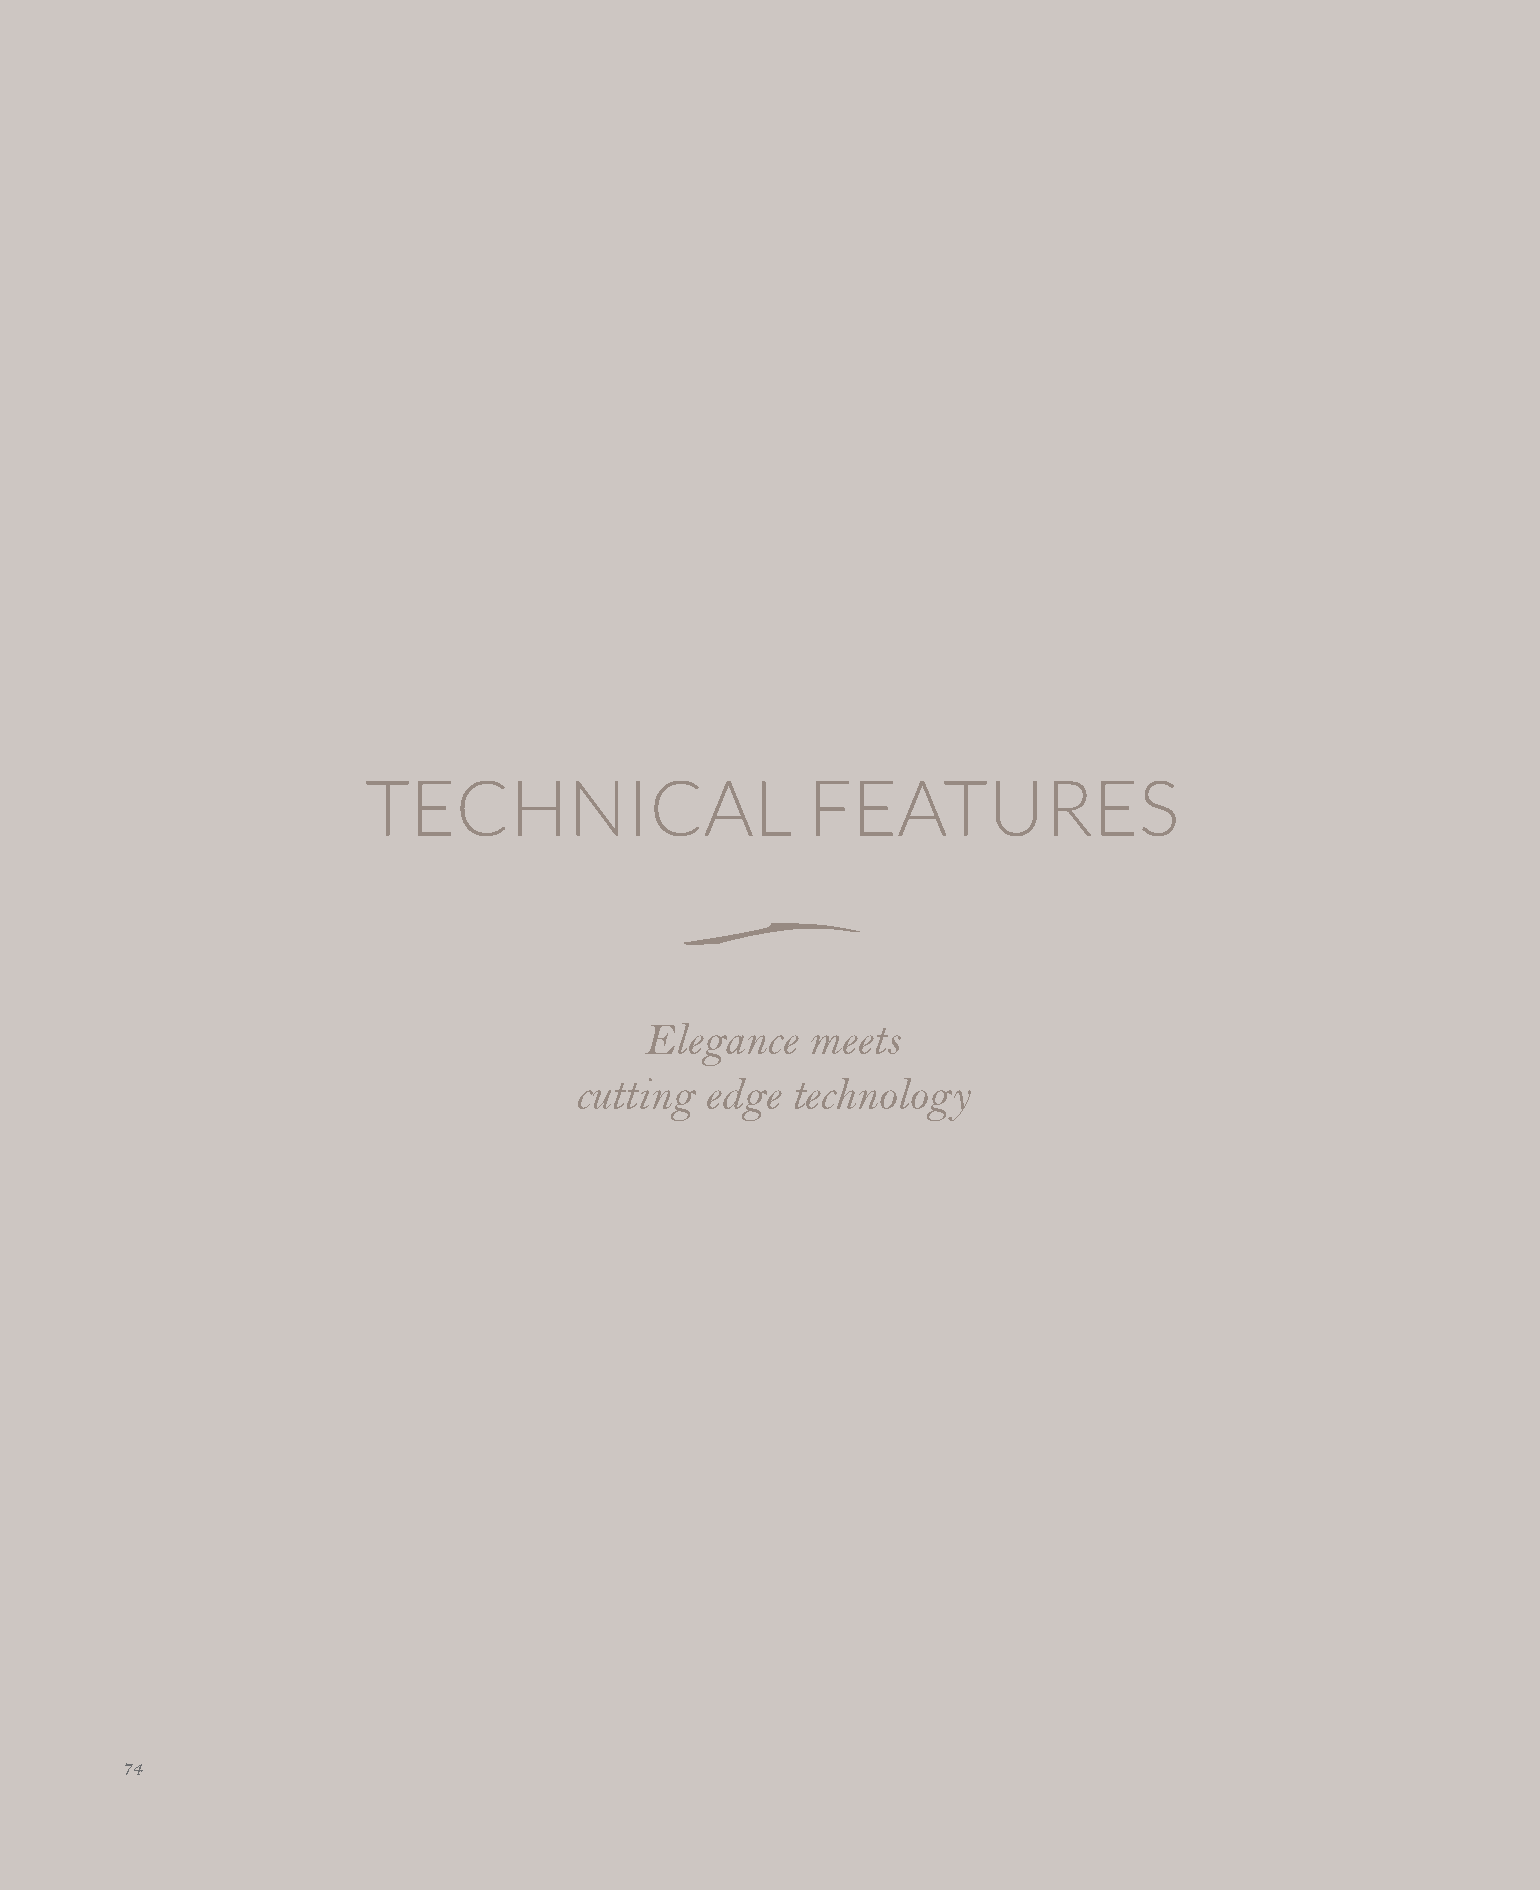
TECHNICAL                    FEATURES
 Elegance   meets
 cutting  edge technology
 74